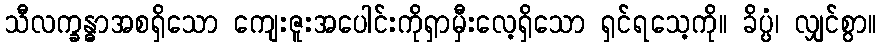
သီလက္ခန္ဓာအစရှိသော ကျေးဇူးအပေါင်းကိုရှာမှီးလေ့ရှိသော ရှင်ရသေ့ကို။ ခိပ္ပံ၊ လျှင်စွာ။